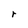
Character: r